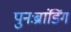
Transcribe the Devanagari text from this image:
पुनःब्रांडिंग